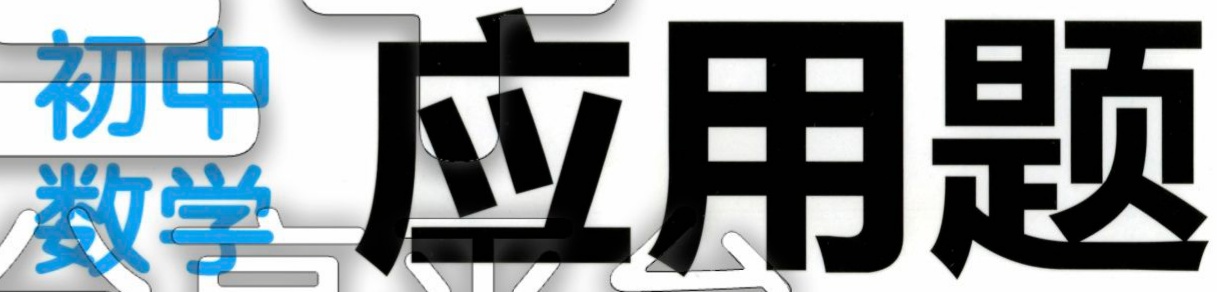
初中数学 应用题